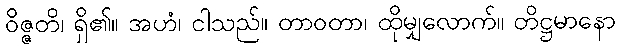
ဝိဇ္ဇတိ၊ ရှိ၏။ အဟံ၊ ငါသည်။ တာဝတာ၊ ထိုမျှလောက်။ တိဋ္ဌမာနော